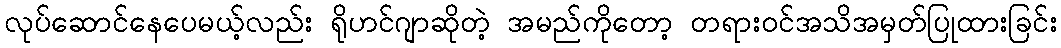
လုပ်ဆောင်နေပေမယ့်လည်း ရိုဟင်ဂျာဆိုတဲ့ အမည်ကိုတော့ တရားဝင်အသိအမှတ်ပြုထားခြင်း